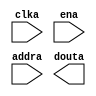
module Smallmemory(
  clka,
  ena,
  addra,
  douta
);

input clka;
input ena;
input [13 : 0] addra;
output [15 : 0] douta;

// synthesis translate_off

  BLK_MEM_GEN_V7_2 #(
    .C_ADDRA_WIDTH(14),
    .C_ADDRB_WIDTH(14),
    .C_ALGORITHM(1),
    .C_AXI_ID_WIDTH(4),
    .C_AXI_SLAVE_TYPE(0),
    .C_AXI_TYPE(1),
    .C_BYTE_SIZE(9),
    .C_COMMON_CLK(0),
    .C_DEFAULT_DATA("0"),
    .C_DISABLE_WARN_BHV_COLL(0),
    .C_DISABLE_WARN_BHV_RANGE(0),
    .C_ENABLE_32BIT_ADDRESS(0),
    .C_FAMILY("spartan6"),
    .C_HAS_AXI_ID(0),
    .C_HAS_ENA(1),
    .C_HAS_ENB(0),
    .C_HAS_INJECTERR(0),
    .C_HAS_MEM_OUTPUT_REGS_A(0),
    .C_HAS_MEM_OUTPUT_REGS_B(0),
    .C_HAS_MUX_OUTPUT_REGS_A(0),
    .C_HAS_MUX_OUTPUT_REGS_B(0),
    .C_HAS_REGCEA(0),
    .C_HAS_REGCEB(0),
    .C_HAS_RSTA(0),
    .C_HAS_RSTB(0),
    .C_HAS_SOFTECC_INPUT_REGS_A(0),
    .C_HAS_SOFTECC_OUTPUT_REGS_B(0),
    .C_INIT_FILE_NAME("Smallmemory.mif"),
    .C_INITA_VAL("0"),
    .C_INITB_VAL("0"),
    .C_INTERFACE_TYPE(0),
    .C_LOAD_INIT_FILE(1),
    .C_MEM_TYPE(3),
    .C_MUX_PIPELINE_STAGES(0),
    .C_PRIM_TYPE(1),
    .C_READ_DEPTH_A(9312),
    .C_READ_DEPTH_B(9312),
    .C_READ_WIDTH_A(16),
    .C_READ_WIDTH_B(16),
    .C_RST_PRIORITY_A("CE"),
    .C_RST_PRIORITY_B("CE"),
    .C_RST_TYPE("SYNC"),
    .C_RSTRAM_A(0),
    .C_RSTRAM_B(0),
    .C_SIM_COLLISION_CHECK("ALL"),
    .C_USE_BYTE_WEA(0),
    .C_USE_BYTE_WEB(0),
    .C_USE_DEFAULT_DATA(0),
    .C_USE_ECC(0),
    .C_USE_SOFTECC(0),
    .C_WEA_WIDTH(1),
    .C_WEB_WIDTH(1),
    .C_WRITE_DEPTH_A(9312),
    .C_WRITE_DEPTH_B(9312),
    .C_WRITE_MODE_A("WRITE_FIRST"),
    .C_WRITE_MODE_B("WRITE_FIRST"),
    .C_WRITE_WIDTH_A(16),
    .C_WRITE_WIDTH_B(16),
    .C_XDEVICEFAMILY("spartan6")
  )
  inst (
    .CLKA(clka),
    .ENA(ena),
    .ADDRA(addra),
    .DOUTA(douta),
    .RSTA(),
    .REGCEA(),
    .WEA(),
    .DINA(),
    .CLKB(),
    .RSTB(),
    .ENB(),
    .REGCEB(),
    .WEB(),
    .ADDRB(),
    .DINB(),
    .DOUTB(),
    .INJECTSBITERR(),
    .INJECTDBITERR(),
    .SBITERR(),
    .DBITERR(),
    .RDADDRECC(),
    .S_ACLK(),
    .S_ARESETN(),
    .S_AXI_AWID(),
    .S_AXI_AWADDR(),
    .S_AXI_AWLEN(),
    .S_AXI_AWSIZE(),
    .S_AXI_AWBURST(),
    .S_AXI_AWVALID(),
    .S_AXI_AWREADY(),
    .S_AXI_WDATA(),
    .S_AXI_WSTRB(),
    .S_AXI_WLAST(),
    .S_AXI_WVALID(),
    .S_AXI_WREADY(),
    .S_AXI_BID(),
    .S_AXI_BRESP(),
    .S_AXI_BVALID(),
    .S_AXI_BREADY(),
    .S_AXI_ARID(),
    .S_AXI_ARADDR(),
    .S_AXI_ARLEN(),
    .S_AXI_ARSIZE(),
    .S_AXI_ARBURST(),
    .S_AXI_ARVALID(),
    .S_AXI_ARREADY(),
    .S_AXI_RID(),
    .S_AXI_RDATA(),
    .S_AXI_RRESP(),
    .S_AXI_RLAST(),
    .S_AXI_RVALID(),
    .S_AXI_RREADY(),
    .S_AXI_INJECTSBITERR(),
    .S_AXI_INJECTDBITERR(),
    .S_AXI_SBITERR(),
    .S_AXI_DBITERR(),
    .S_AXI_RDADDRECC()
  );

// synthesis translate_on

endmodule